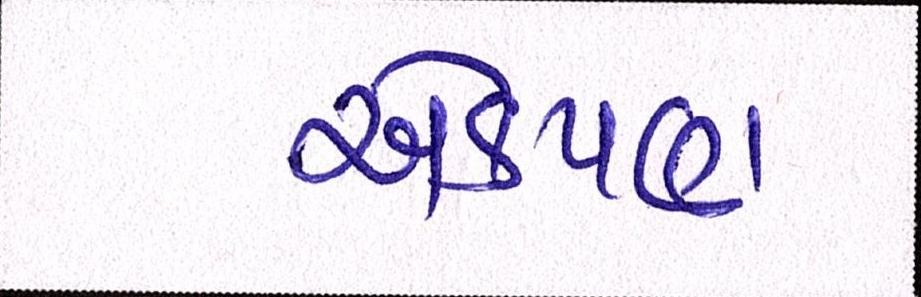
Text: એકપણ